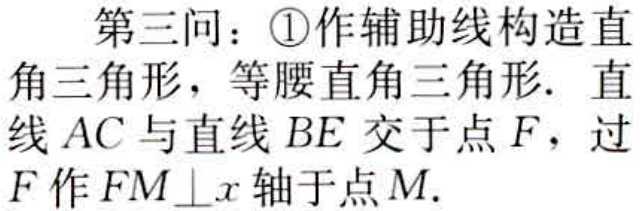
第三问：\textcircled{1}作辅助线构造直
角三角形，等腰直角三角形. 直
线 \(AC\) 与直线 \(BE\) 交于点 \(F\)，过
\(F\) 作 \(FM\perp x\) 轴于点 \(M\).